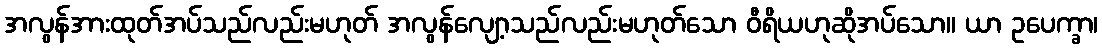
အလွန်အားထုတ်အပ်သည်လည်းမဟုတ် အလွန်လျော့သည်လည်းမဟုတ်သော ဝီရိယဟုဆိုအပ်သော။ ယာ ဥပေက္ခာ၊